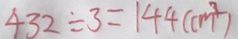
4 3 2 \div 3 = 1 4 4 ( c m ^ { 2 } )